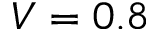
V = 0 . 8